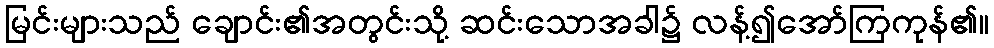
မြင်းများသည် ချောင်း၏အတွင်းသို့ ဆင်းသောအခါ၌ လန့်၍အော်ကြကုန်၏။